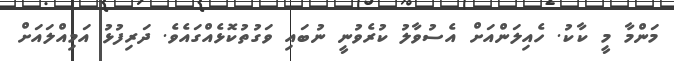
މަންމާ މީ ކާކު. ހެއިލަންއަށް އެސުވާލު ކުރެވުނީ ނުބައި ވަގުތުކޮޅެއްގައެވެ. ދަރިފުޅު އަމިއްލައަށް